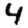
Digit: 4